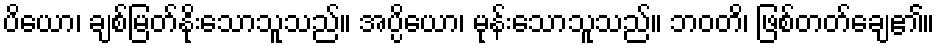
ပိယော၊ ချစ်မြတ်နိုးသောသူသည်။ အပ္ပိယော၊ မုန်းသောသူသည်။ ဘဝတိ၊ ဖြစ်တတ်ချေ၏။